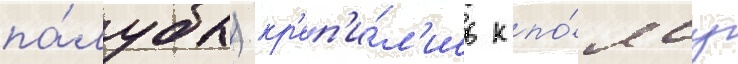
па́лубы) кр'еп'и́л'ись к по́ясу